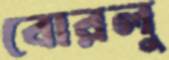
বোরলু